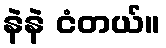
နဲနဲ ငံတယ်။